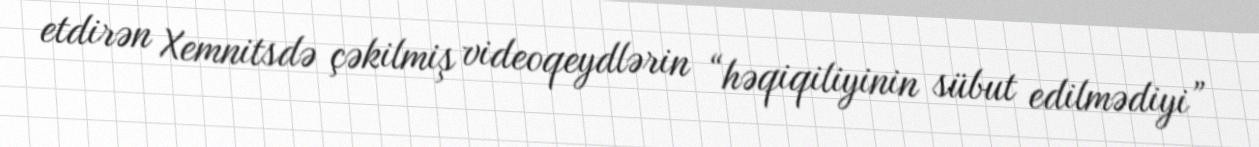
etdirən Xemnitsdə çəkilmiş videoqeydlərin “həqiqiliyinin sübut edilmədiyi”